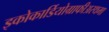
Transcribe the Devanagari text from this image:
इकोकार्डियोग्राफीअस्थमा